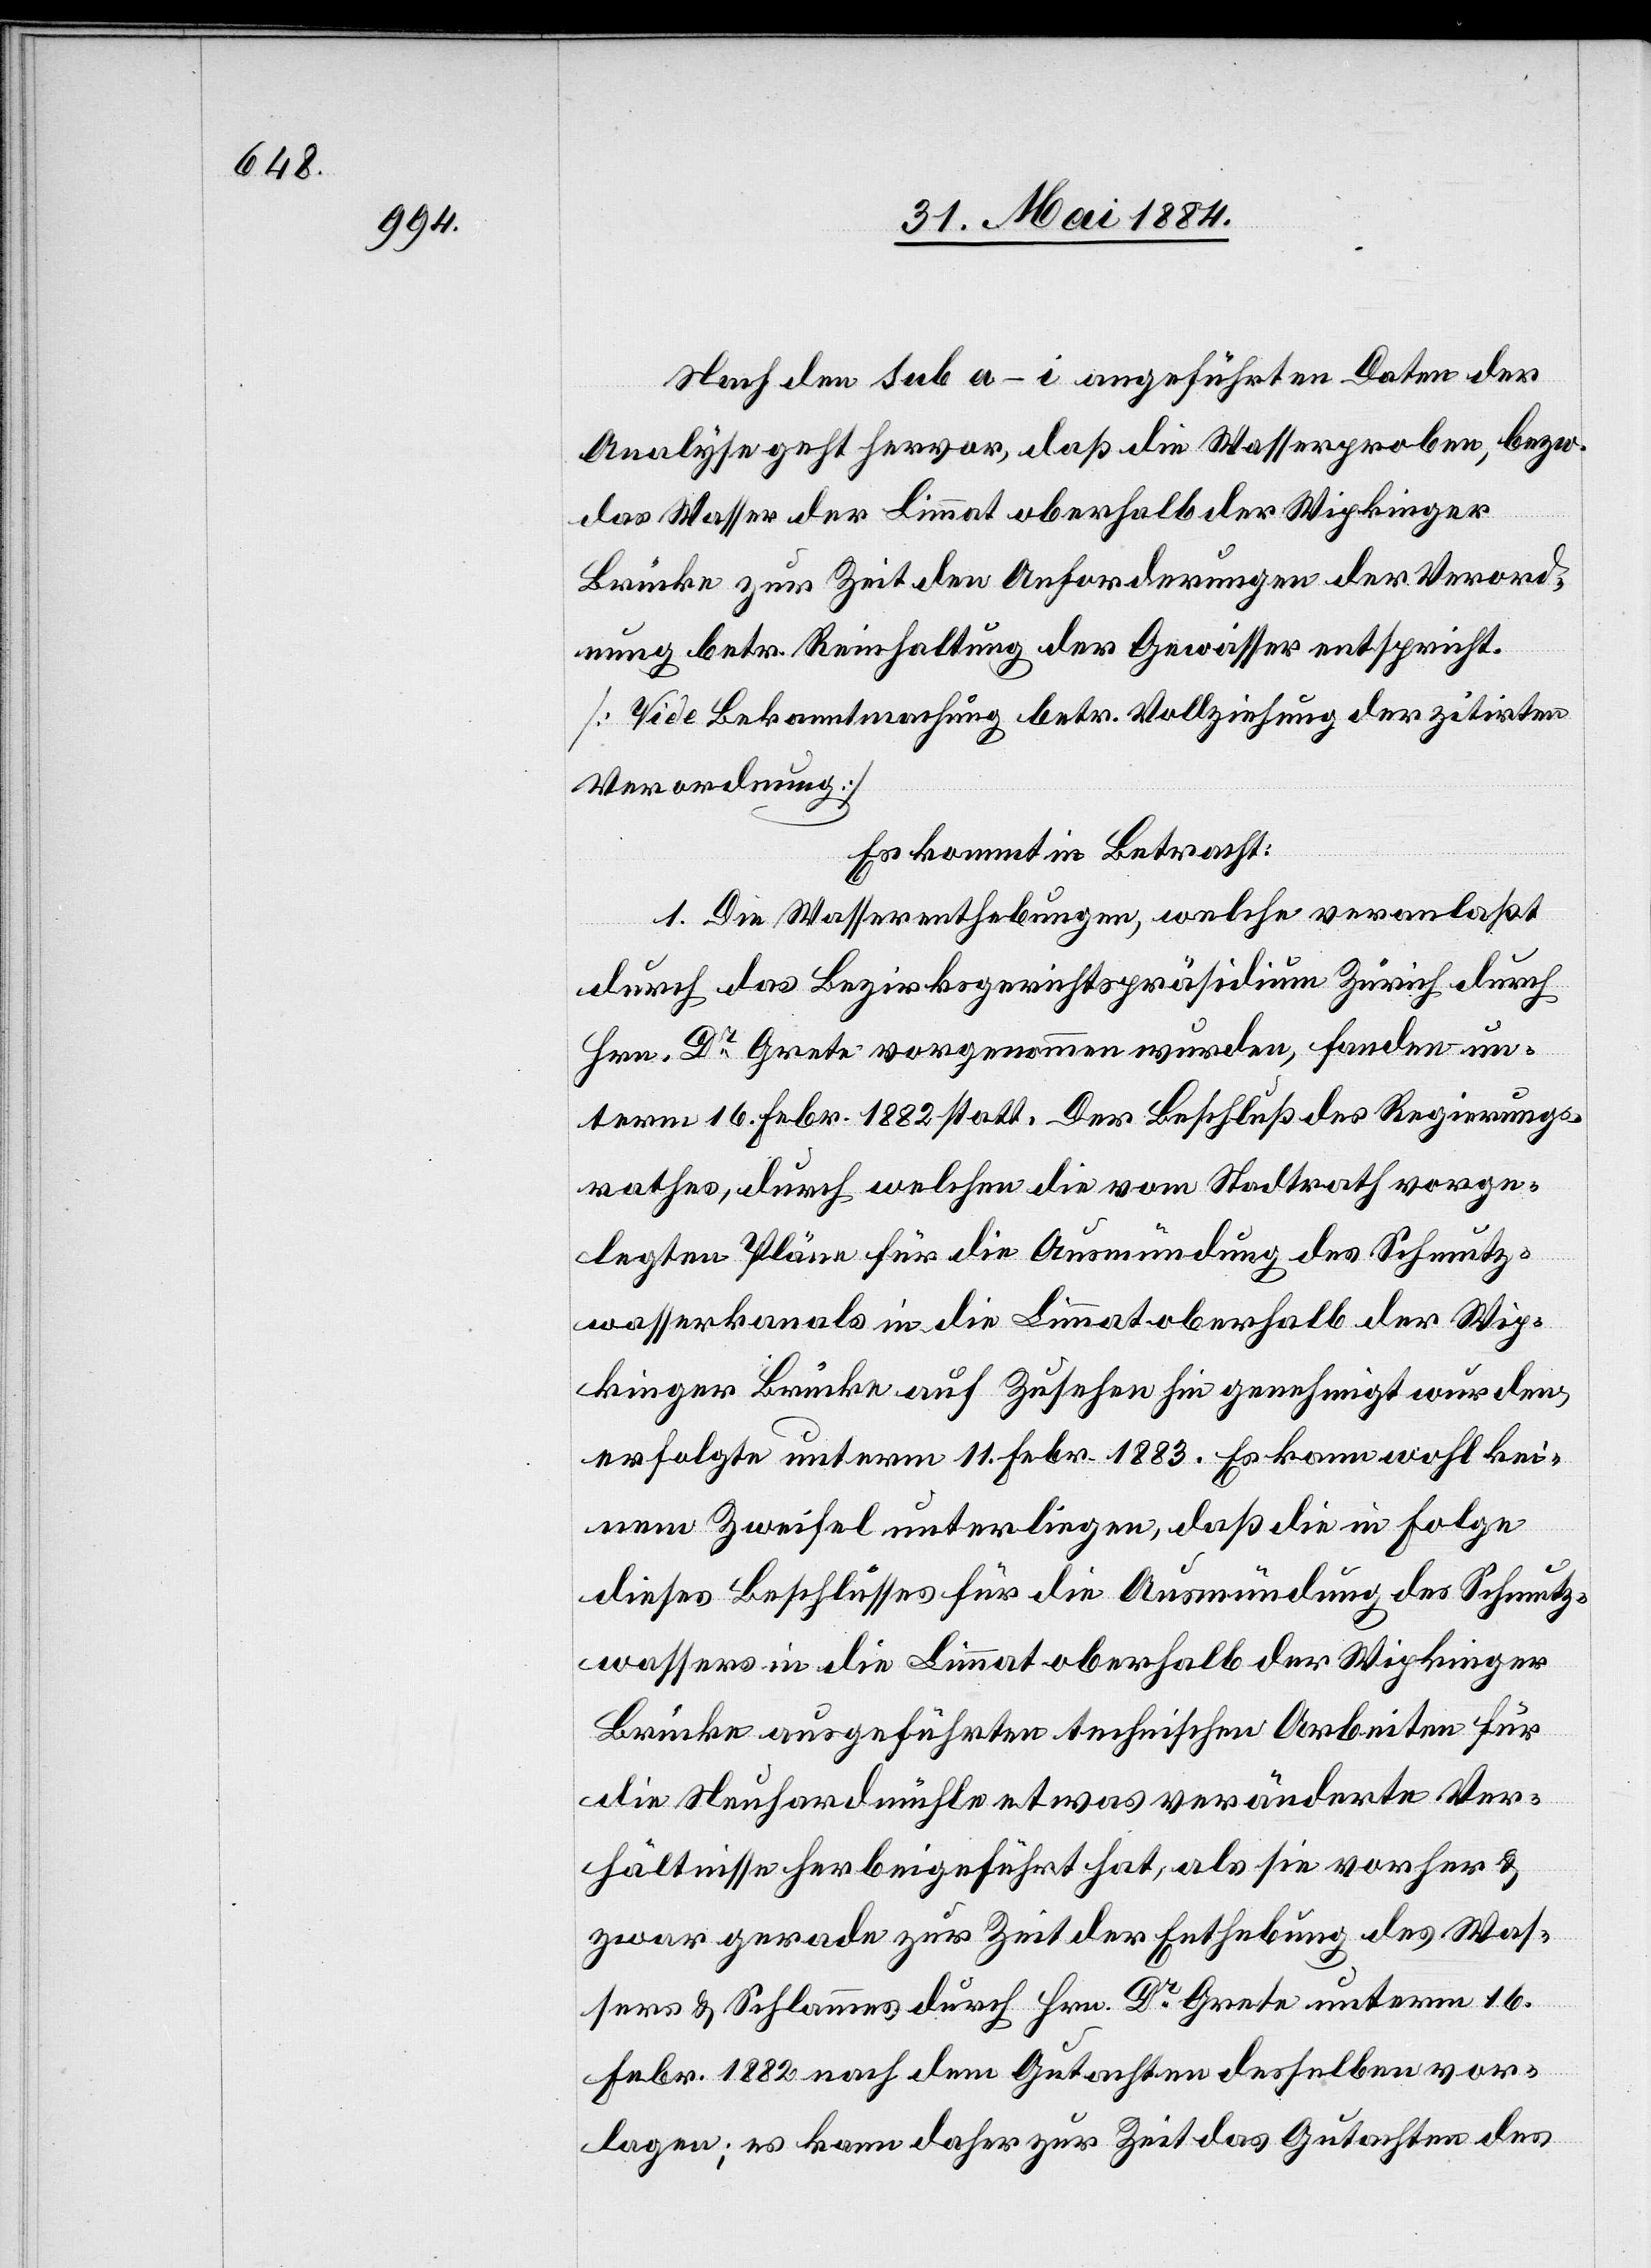
Nach den sub a–i angeführten Daten der
Analyse geht hervor, daß die Wasserproben, bezw.
das Wasser der Limmat oberhalb der Wipkinger
Brücke zur Zeit den Anforderungen der Verord¬
nung betr. Reinhaltung der Gewässer entspricht.
[Vide Bekanntmachung betr. Vollziehung der zitirten
Verordnung.]
Es kommt in Betracht:
1. Die Wasserenthebungen, welche veranlaßt
durch das Bezirksgerichtspräsidium Zürich durch
Hrn. Dr Grete vorgenommen wurden, fanden un¬
term 16. Febr. 1882 statt. Der Beschluß des Regierungs¬
rathes, durch welchen die vom Stadtrath vorge¬
legten Pläne für die Ausmündung des Schmutz¬
wasserkanals in die Limmat oberhalb der Wip¬
kinger Brücke auf Zusehen hin genehmigt wurden,
erfolgte unterm 11. Febr. 1883. Es kann wohl kei¬
nem Zweifel unterliegen, daß die in Folge
dieses Beschlusses für die Ausmündung des Schmutz¬
wassers in die Limmat oberhalb der Wipkinger
Brücke ausgeführten technischen Arbeiten für
die Neuhardmühle etwas veränderte Ver¬
hältnisse herbeigeführt hat [sic!], als sie vorher &
zwar gerade zur Zeit der Enthebung des Was¬
sers & Schlammes durch Hrn. Dr Grete unterm 16.
Febr. 1882 nach dem Gutachten desselben vor¬
lagen; es kann daher zur Zeit das Gutachten des